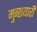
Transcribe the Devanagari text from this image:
मुन्शयारी